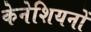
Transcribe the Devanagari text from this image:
केनेशियनों